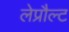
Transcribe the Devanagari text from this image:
लेप्रौल्ट